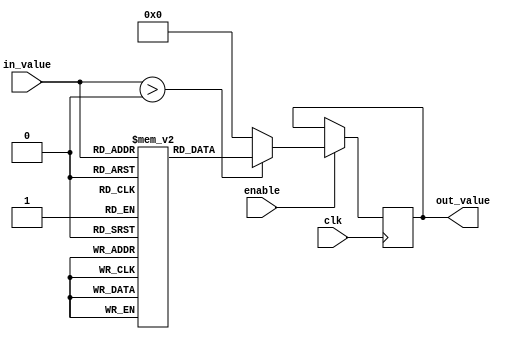
module lut_reciprocal (
    input wire [7:0] in_value,   // 8-bit input value
    input wire clk,               // Clock signal
    input wire enable,            // Enable signal for the operation
    output reg [7:0] out_value    // 8-bit output for the reciprocal
);

    // Declare the LUT with precomputed reciprocal values (fixed-point representation)
    reg [7:0] lut [0:255]; // 256 entries for 8-bit input values

    // Initial block to populate the LUT with reciprocal values
    initial begin
        // Populate the LUT with precomputed values
        // Note: This is a simplified example; actual values should be calculated
        // and normalized according to the desired precision.
        lut[1]  = 8'hFF; // 1/1 = 1.0 (0xFF in fixed-point with 8 bits)
        lut[2]  = 8'h7F; // 1/2 = 0.5 (0x7F in fixed-point with 8 bits)
        lut[3]  = 8'h55; // 1/3  0.333 (0x55 in fixed-point with 8 bits)
        lut[4]  = 8'h40; // 1/4 = 0.25 (0x40 in fixed-point with 8 bits)
        // ... (populate other values as needed)
        lut[255] = 8'h00; // 1/255  0.0039 (0x00 in fixed-point with 8 bits, underflow)
    end

    always @(posedge clk) begin
        if (enable) begin
            // Read from the LUT based on the input value
            if (in_value > 0) begin
                out_value <= lut[in_value]; // Output the reciprocal value from the LUT
            end else begin
                out_value <= 8'h00; // Handle case for 0 input (reciprocal undefined)
            end
        end
    end

endmodule